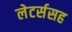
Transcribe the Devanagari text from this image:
लेटर्ससह